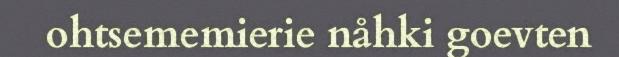
ohtsememierie nåhki goevten